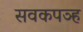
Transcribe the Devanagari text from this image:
सवकपञ्ह